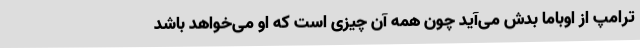
ترامپ از اوباما بدش می‌آید چون همه آن چیزی است که او می‌خواهد باشد